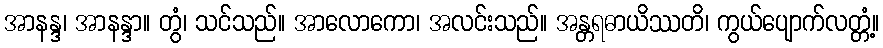
အာနန္ဒ၊ အာနန္ဒာ။ တွံ၊ သင်သည်။ အာလောကော၊ အလင်းသည်။ အန္တရဓာယိဿတိ၊ ကွယ်ပျောက်လတ္တံ့။